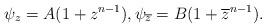
LaTeX: \begin{align*}\psi_z=A(1+z^{n-1}), \psi_{\overline{z}}=B(1+\overline{z}^{n-1}).\end{align*}